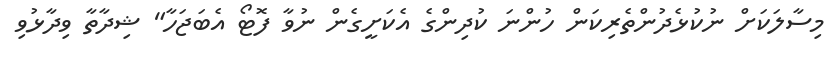
މިސާލަކަށް ނުކުޅެދުންތެރިކަން ހުންނަ ކުދިންގެ އެކަށީގެން ނުވާ ފޮޓޯ އެބަޖަހާ" ޝިދާތާ ވިދާޅުވި